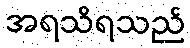
အရသိရသည်